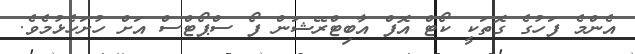
އެންމެ ފަހުގެ ގޮތަކީ ކޯޓް އޮފް އާބިޓްރޭޝަން ފޯ ސްޕޯޓްސް އަށް ހުށަހެޅުމެވެ.